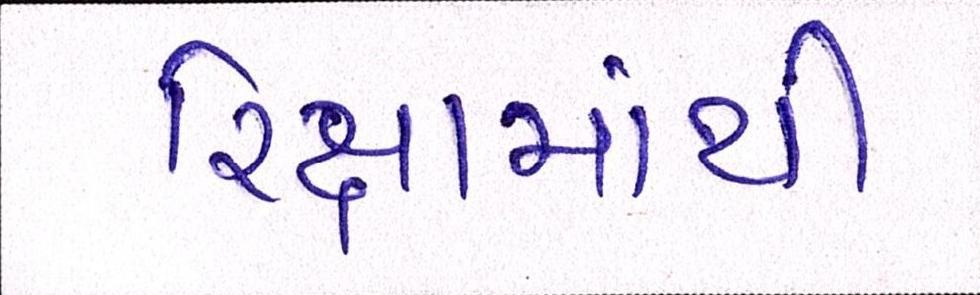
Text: રિક્ષામાંથી